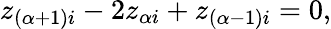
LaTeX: z_{(\alpha+1)i}-2z_{\alpha i}+z_{(\alpha-1)i}=0,